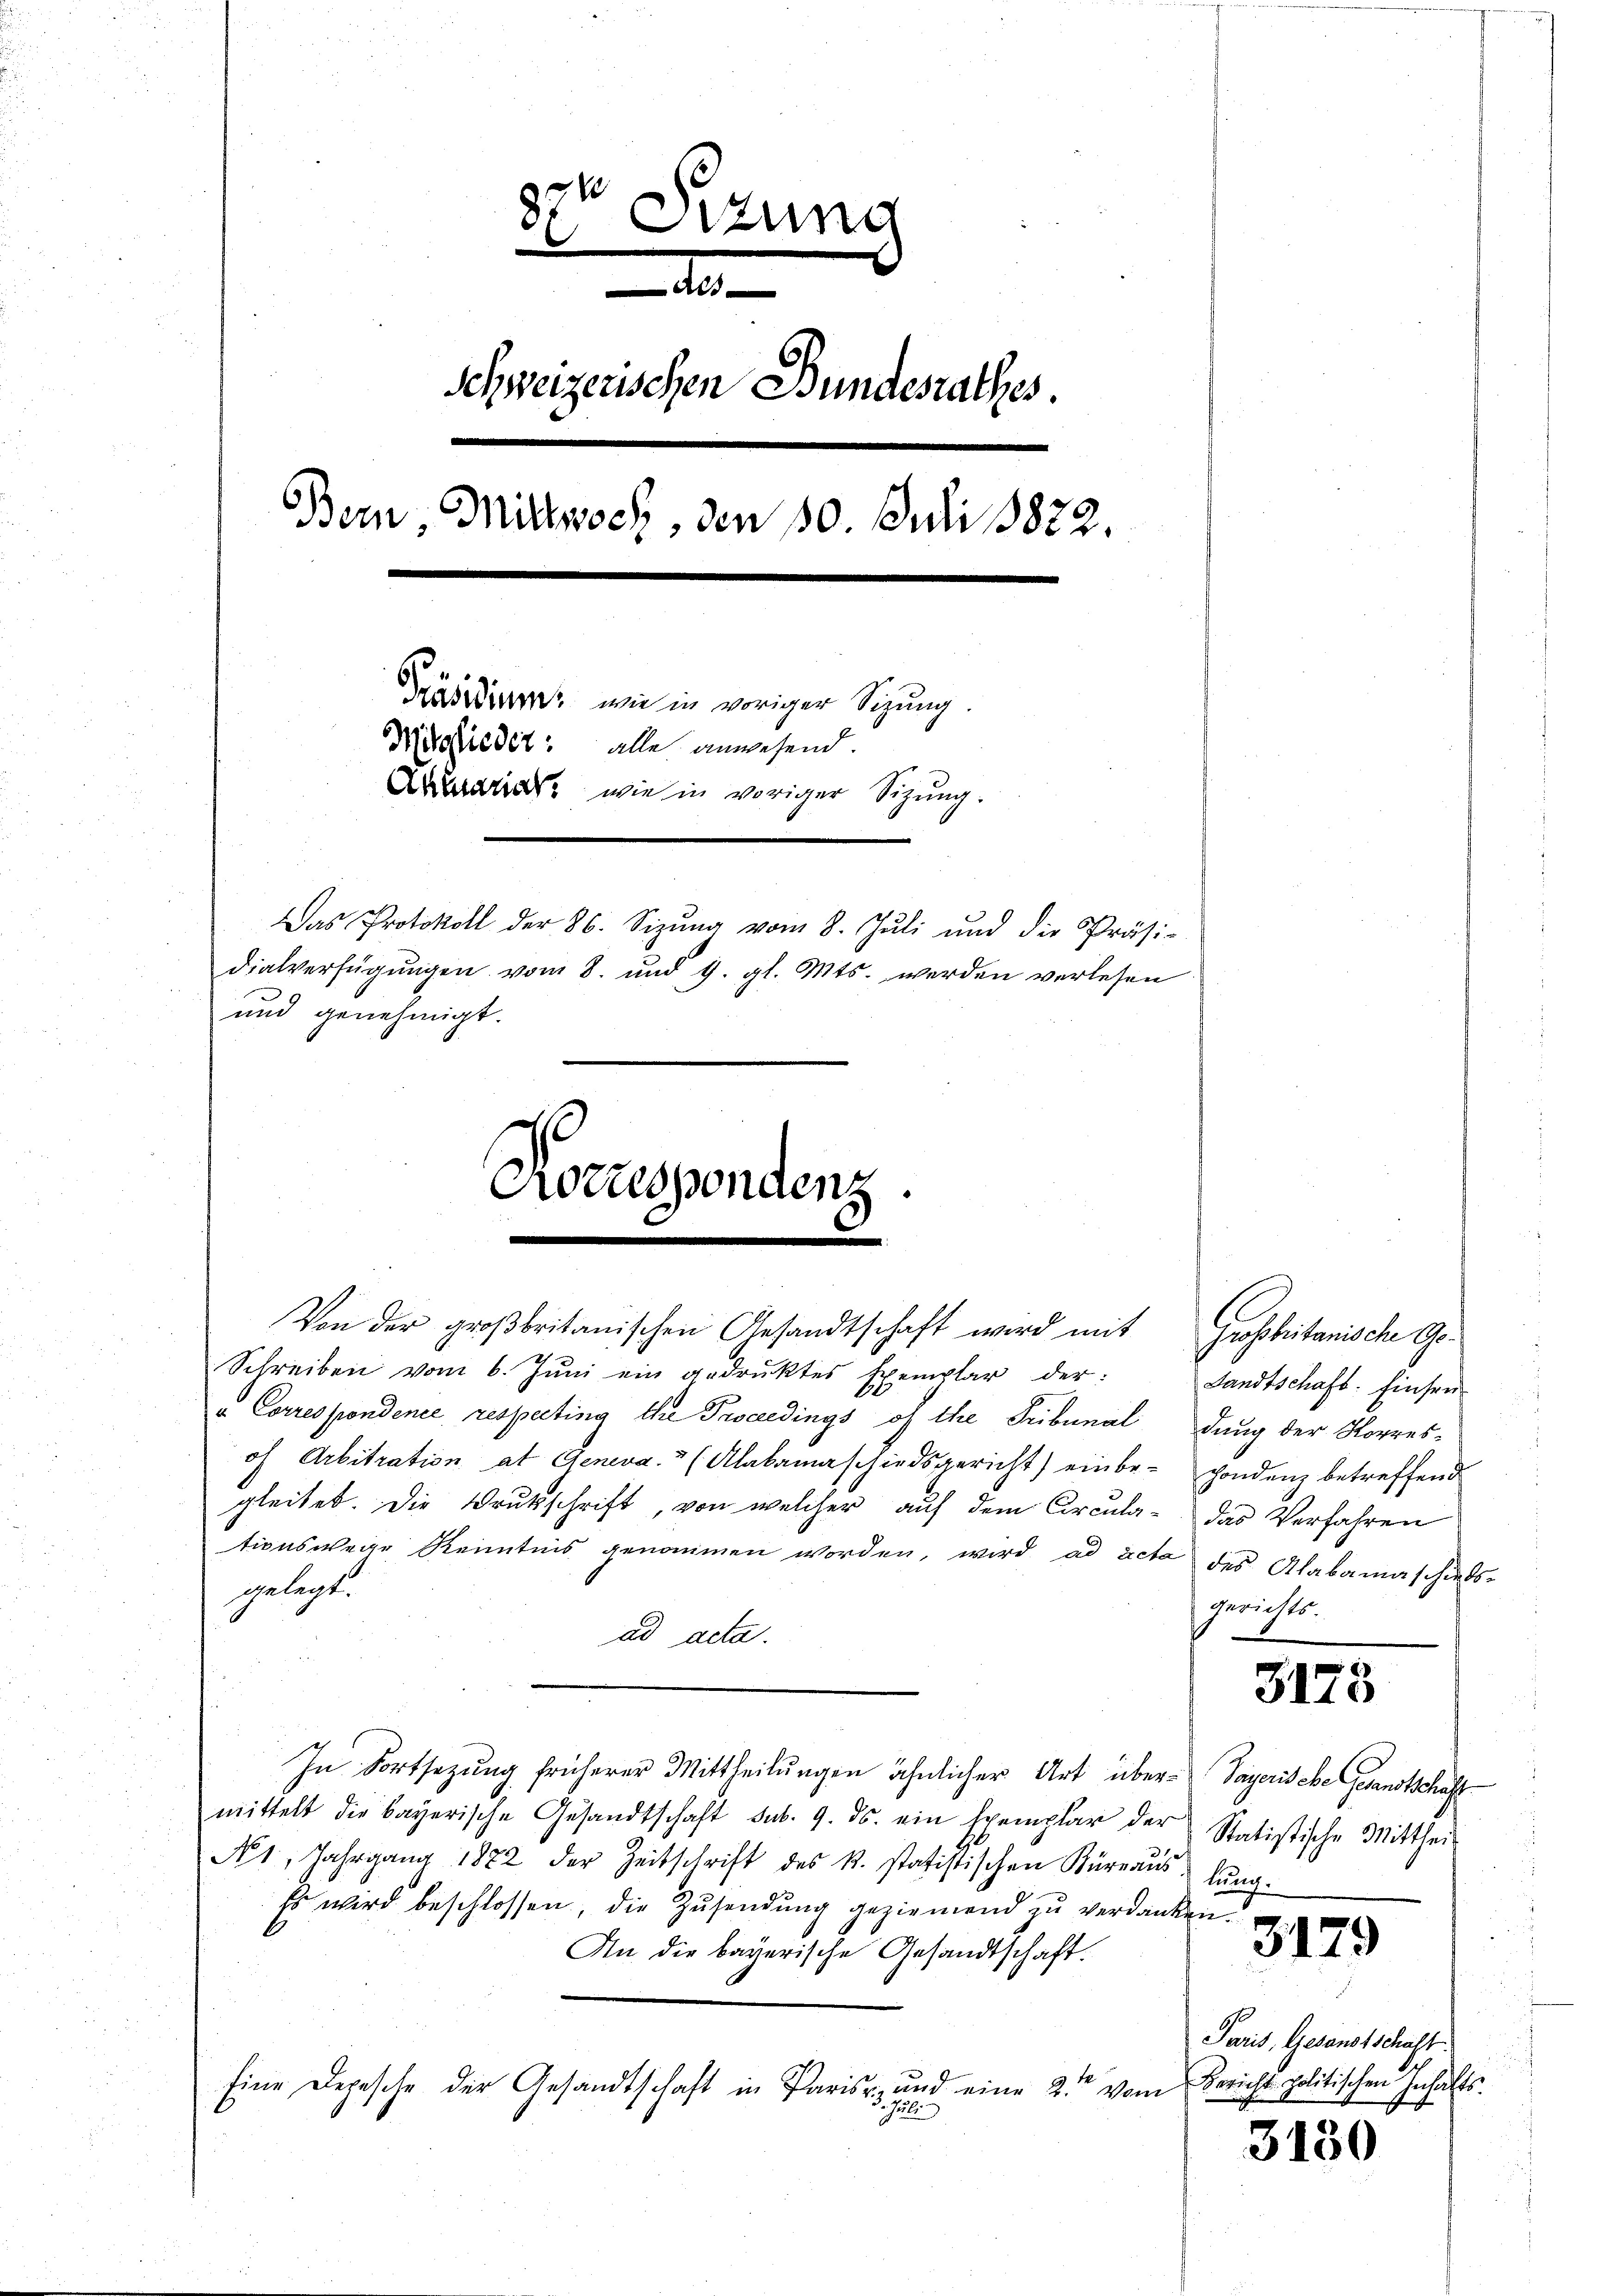
Sizung
.
.
d
Schweizerischen Bundesrathes.
Bein Mittwoch, den 10. Juli 18822.
Präsidiere, wie in voriger Sigung.
Mitgliedet: alle anwesend.
Arario, wie in voriger Sizung.
Das Protokoll der 26. Sizŭng vom 8. Jŭli und die Präsi-
dialverfügŭngen vom 8. und 9. gl. Mts. werden verlesen
und genehmigt.

Rorrespondenz

Von der großbritanischen Gesandtschaft wird mit Grossbritanische Ge¬
Schreiben vom 6. Jŭni ein gedruktes Exemplar der:
a Correspondenie respecting Ihre Procedings of the Tribunal dung der Korres-
of Arbitration at Geneva. (Alakamaschiedsgericht) einbe- sondenz betreffend
gleitet. Die Drukschrift, von welcher auf dem Circula- das Verfahren
tionswege Kenntnis genommen worden, wird ad acta des Alabamaschieds-
gelegt.
ad acta.
In Fortsetzung früherer Mittheilungen ähnlicher Art über-Sayerische Gesandtschaft
mittelt die bayerische Gesandtschaft sub. 9. ds. ein Exemplar der Statistische Mittheil
N 1, Jahrgang 1872 der Zeitschrift des k. statistischen Küreaŭs lŭng.
Es wird beschlossen, die Zusendung geziemend zu verdanken.
An die bayerische Gesandtschaft.
Eine Depesche der Gesandtschaft in Paris, und eine 2. Vom Bericht politischen Inhalts¬
3. Juli

Landtschaft. Einsen
gerichts.

3175

3179

3130

Paris, Gesandtschaft.